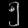
Digit: ၅